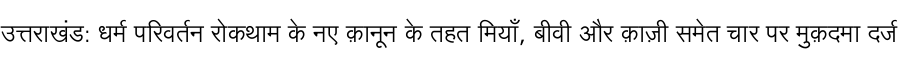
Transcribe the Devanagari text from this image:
उत्तराखंड: धर्म परिवर्तन रोकथाम के नए क़ानून के तहत मियाँ, बीवी और क़ाज़ी समेत चार पर मुक़दमा दर्ज